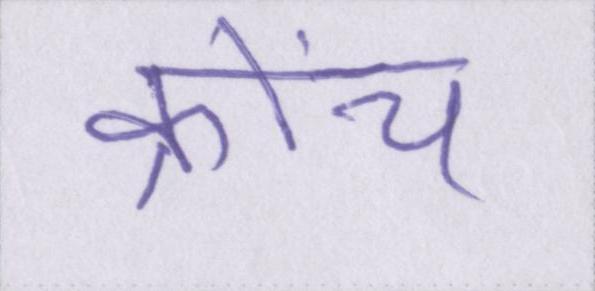
क्रोंच